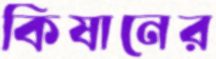
কিষানের